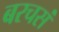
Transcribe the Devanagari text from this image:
बरचसं